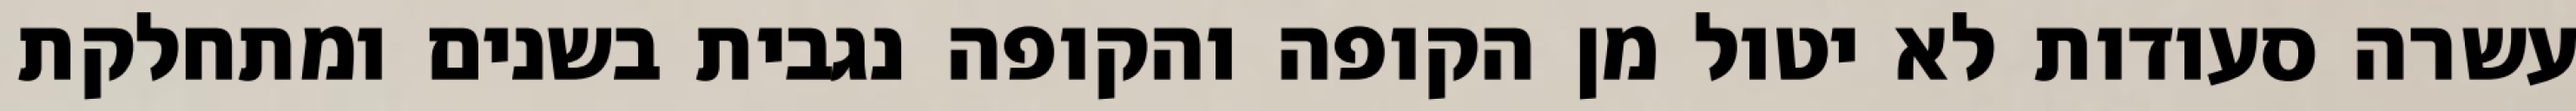
עשרה סעודות לא יטול מן הקופה והקופה נגבית בשנים ומתחלקת